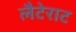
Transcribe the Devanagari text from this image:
लैटेराट